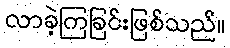
လာခဲ့ကြခြင်းဖြစ်သည်။